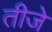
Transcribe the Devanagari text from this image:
तीजे